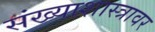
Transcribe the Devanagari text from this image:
संख्याशास्त्रावर